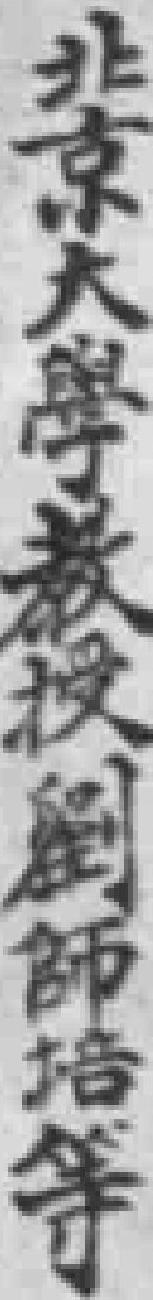
北京大學教授劉師培等